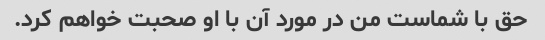
حق با شماست من در مورد آن با او صحبت خواهم کرد.